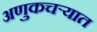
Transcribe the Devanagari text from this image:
अणुकचऱ्यात